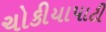
ચોકીયાપાટી